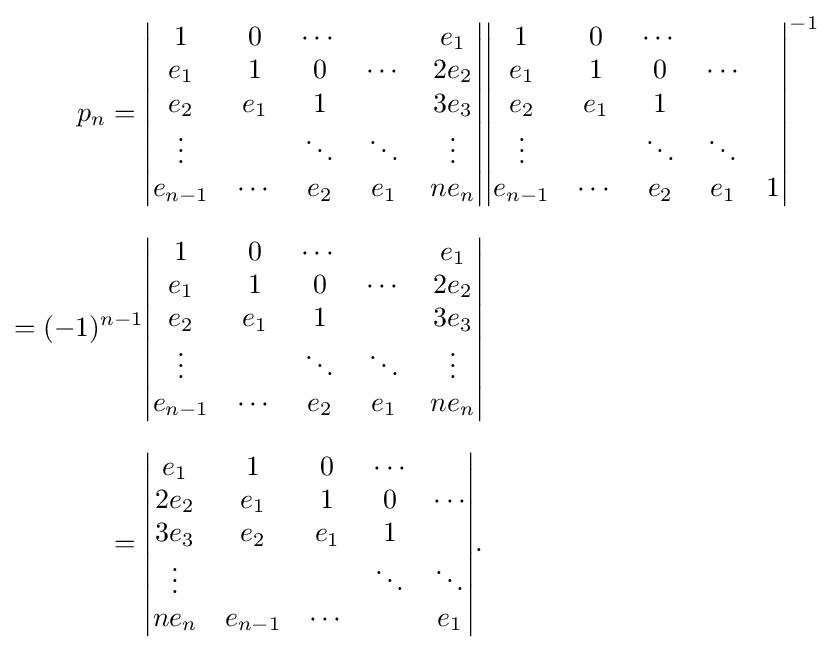
{\begin{aligned}p_{n}={}&{\begin{vmatrix}1&0&\cdots &&e_{1}\\e_{1}&1&0&\cdots &2e_{2}\\e_{2}&e_{1}&1&&3e_{3}\\\vdots &&\ddots &\ddots &\vdots \\e_{n-1}&\cdots &e_{2}&e_{1}&ne_{n}\end{vmatrix}}{\begin{vmatrix}1&0&\cdots &\\e_{1}&1&0&\cdots \\e_{2}&e_{1}&1&\\\vdots &&\ddots &\ddots \\e_{n-1}&\cdots &e_{2}&e_{1}&1\end{vmatrix}}^{-1}\\[7pt]={(-1)^{n-1}}&{\begin{vmatrix}1&0&\cdots &&e_{1}\\e_{1}&1&0&\cdots &2e_{2}\\e_{2}&e_{1}&1&&3e_{3}\\\vdots &&\ddots &\ddots &\vdots \\e_{n-1}&\cdots &e_{2}&e_{1}&ne_{n}\end{vmatrix}}\\[7pt]={}&{\begin{vmatrix}e_{1}&1&0&\cdots \\2e_{2}&e_{1}&1&0&\cdots \\3e_{3}&e_{2}&e_{1}&1\\\vdots &&&\ddots &\ddots \\ne_{n}&e_{n-1}&\cdots &&e_{1}\end{vmatrix}}.\end{aligned}}